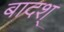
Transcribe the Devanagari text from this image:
बादश्